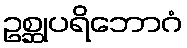
ဥစ္ဆုပရိဘောဂံ